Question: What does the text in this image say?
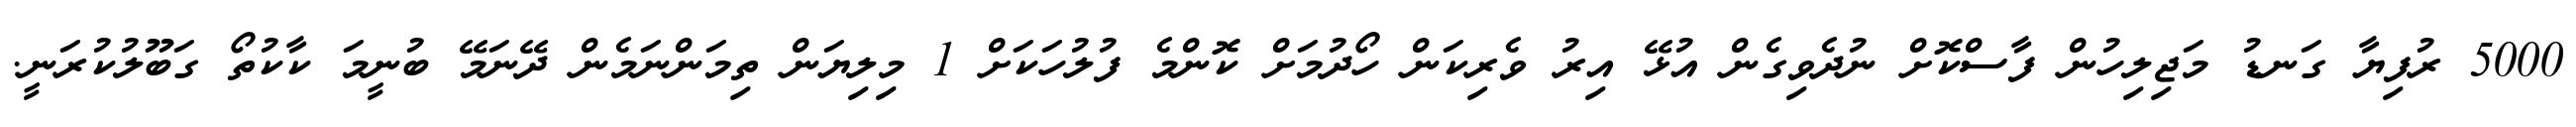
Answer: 5000 ރުފިޔާ ގަނޑު މަޖިލިހުން ފާސްކޮށް ނުދެވިގެން އުޅޭ އިރު ވެރިކަން ހޯދުމަށް ކޮންމެ ފުލުހަކަށް 1 މިލިޔަން ތިމަންނަމެން ދޭނަމޭ ބުނީމަ ކާކުތޯ ގަބޫލުކުރަނީ.